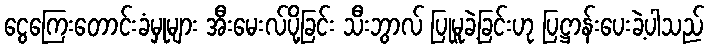
ငွေကြေးတောင်းခံမှုများ အီးမေးလ်ပို့ခြင်း သီးဘွာလ် ပြုမူခဲ့ခြင်းဟု ပြဋ္ဌာန်းပေးခဲ့ပါသည်